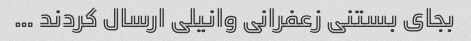
بجای بستنی زعفرانی وانیلی ارسال کردند …